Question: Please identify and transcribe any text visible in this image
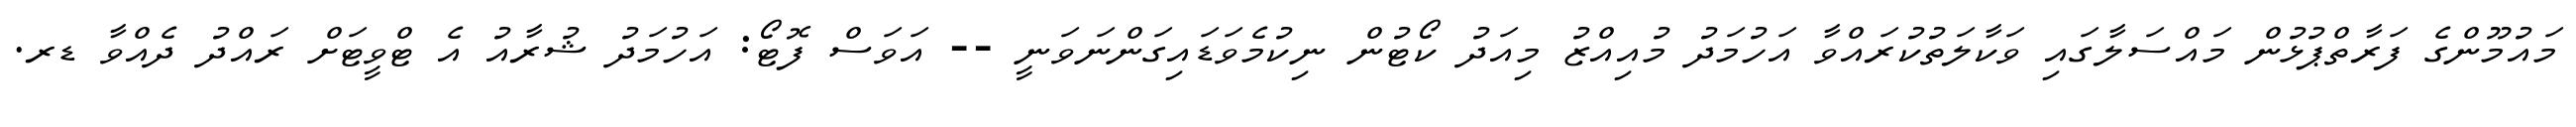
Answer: މައުމޫންގެ ފަރާތްޕުޅުން މައްސަލާގައި ވަކާލަތުކުރައްވާ އަހުމަދު މުއިއްޒު މިއަދު ކޯޓުން ނިކުމެވަޑައިގަންނަވަނީ -- އަވަސް ފޮޓޯ: އަހުމަދު ޝުރާއު އެ ޓްވީޓަށް ރައްދު ދެއްވާ ޑރ.